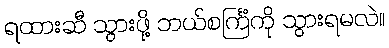
ရထားဆီ သွားဖို့ ဘယ်စင်္ကြံကို သွားရမလဲ။